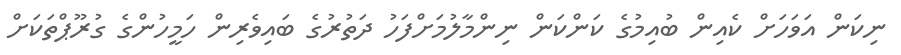
ނިކަން އަވަހަށް ކެއިން ބުއިމުގެ ކަންކަން ނިންމާލުމަށްފަހު ދަތުރުގެ ބައިވެރިން ހަމީހުންގެ ގުރޫޕްތަކަށް